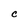
Character: C